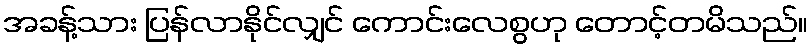
အခန့်သား ပြန်လာနိုင်လျှင် ကောင်းလေစွဟု တောင့်တမိသည်။